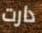
دارت